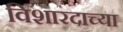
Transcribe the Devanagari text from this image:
विशारदाच्या